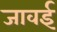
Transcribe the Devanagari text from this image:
जावई